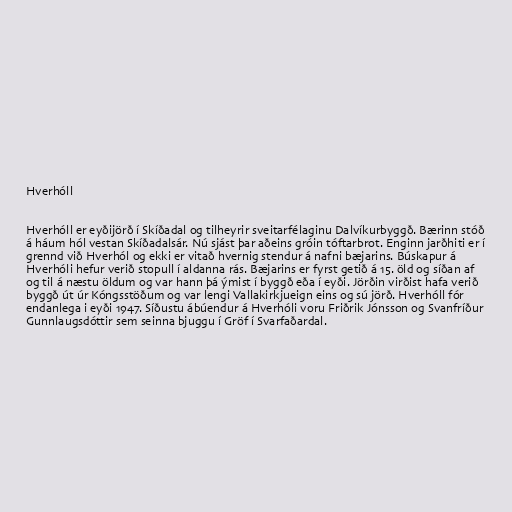
Hverhóll

Hverhóll er eyðijörð í Skíðadal og tilheyrir sveitarfélaginu Dalvíkurbyggð. Bærinn stóð
á háum hól vestan Skíðadalsár. Nú sjást þar aðeins gróin tóftarbrot. Enginn jarðhiti er í
grennd við Hverhól og ekki er vitað hvernig stendur á nafni bæjarins. Búskapur á
Hverhóli hefur verið stopull í aldanna rás. Bæjarins er fyrst getið á 15. öld og síðan af
og til á næstu öldum og var hann þá ýmist í byggð eða í eyði. Jörðin virðist hafa verið
byggð út úr Kóngsstöðum og var lengi Vallakirkjueign eins og sú jörð. Hverhóll fór
endanlega i eyði 1947. Síðustu ábúendur á Hverhóli voru Friðrik Jónsson og Svanfríður
Gunnlaugsdóttir sem seinna bjuggu í Gröf í Svarfaðardal.